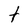
Character: t